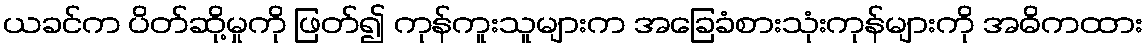
ယခင်က ပိတ်ဆို့မှုကို ဖြတ်၍ ကုန်ကူးသူများက အခြေခံစားသုံးကုန်များကို အဓိကထား